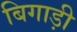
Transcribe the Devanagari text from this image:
बिगाड़ी